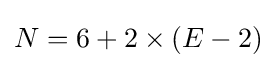
N=6+2\times (E-2)